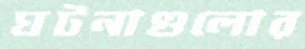
ঘটনাগুলোর